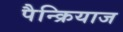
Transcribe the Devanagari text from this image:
पैन्क्रियाज